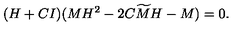
( H + C I ) ( M H ^ { 2 } - 2 C { \widetilde M } H - M ) = 0 .